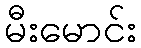
မီးမောင်း